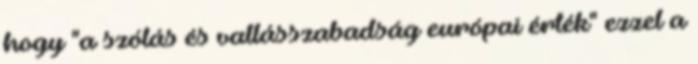
hogy "a szólás és vallásszabadság európai érték" ezzel a